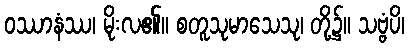
ဝဿာနံဿ၊ မိုးလ၏။ စတူသုမာသေသု၊ တို့၌။ သဗ္ဗံပိ၊